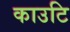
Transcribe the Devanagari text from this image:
काउटि